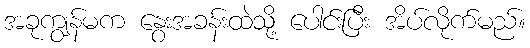
အခုကျွန်မက နွေးအခန်းထဲသို့ ပေါင်းပြီး အိပ်လိုက်မည်။